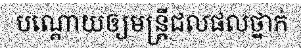
បណ្តោយឲ្យមន្ត្រីជលផលថ្នាក់